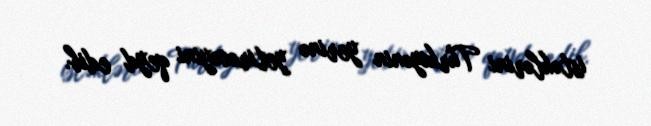
istəklərini Türkiyənin yerinə yetirəcəyini qeyd edib.